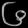
Digit: ၆